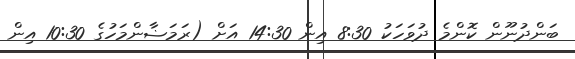
ބަންދުނޫން ކޮންމެ ދުވަހަކު 8:30 އިން 14:30 އަށް (ރަމަޟާންމަހުގެ 10:30 އިން